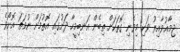
ޖިމާޢުވާއިރު ވަކި މިވެނި ގޮތަކަށް ތިބެން އަނބިމީހާ ދަށުގައި އޮތުމަށް ނުވަތަ އޮށޯވެ